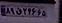
۸۹ق۲۴۶۶۵